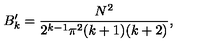
B _ { k } ^ { \prime } = { \frac { N ^ { 2 } } { 2 ^ { k - 1 } \pi ^ { 2 } ( k + 1 ) ( k + 2 ) } } ,